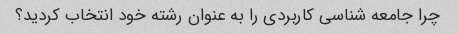
چرا جامعه شناسی کاربردی را به عنوان رشته خود انتخاب کردید؟